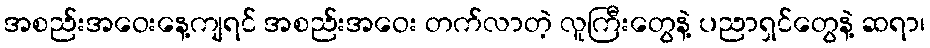
အစည်းအဝေးနေ့ကျရင် အစည်းအဝေး တက်လာတဲ့ လူကြီးတွေနဲ့ ပညာရှင်တွေနဲ့ ဆရာ၊